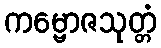
ကမ္ဗောဇသုတ္တံ